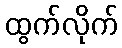
ထွက်လိုက်